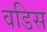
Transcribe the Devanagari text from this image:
वडिस